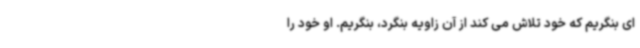
ای بنگریم که خود تلاش می کند از آن زاویه بنگرد، بنگریم. او خود را